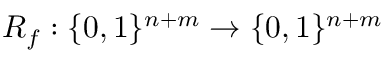
R _ { f } : \{ 0 , 1 \} ^ { n + m } \rightarrow \{ 0 , 1 \} ^ { n + m }